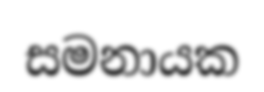
සමනායක